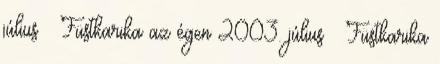
július – Füstkarika az égen 2003. július – Füstkarika